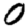
Digit: 0